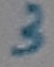
Text: 3